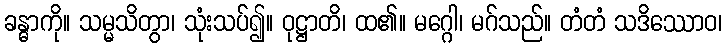
ခန္ဓာကို။ သမ္မသိတွာ၊ သုံးသပ်၍။ ဝုဋ္ဌာတိ၊ ထ၏။ မဂ္ဂေါ၊ မဂ်သည်။ တံတံ သဒိဿောဝ၊